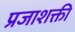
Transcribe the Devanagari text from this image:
प्रजाशक्ती